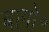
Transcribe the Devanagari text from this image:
बागो॰